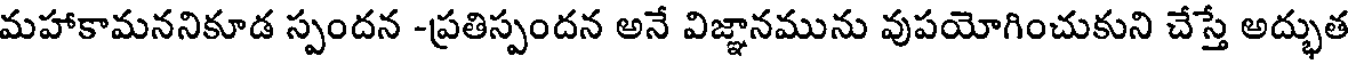
మహాకామననికూడ స్పందన -ప్రతిస్పందన అనే విజ్ఞానమును వుపయోగించుకుని చేస్తే అద్భుత